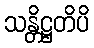
သန္တိဋ္ဌတိပိ